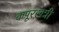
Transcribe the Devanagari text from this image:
कपूरखत्री